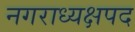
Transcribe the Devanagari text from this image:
नगराध्यक्षपद